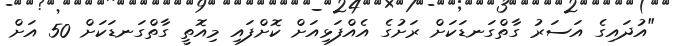
"އުދައިގެ އަސަރު ގާތްގަނޑަކަށް ރަށުގެ އެއްފަޅިއަށް ކޮށްފައި މިއޮތީ ގާތްގަނޑަކަށް 50 އަށް